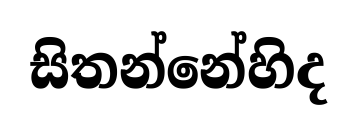
සිතන්නේහිද